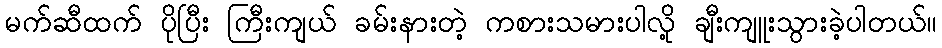
မက်ဆီထက် ပိုပြီး ကြီးကျယ် ခမ်းနားတဲ့ ကစားသမားပါလို့ ချီးကျူးသွားခဲ့ပါတယ်။